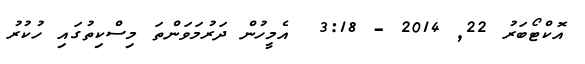
އޮކްޓޯބަރު 22